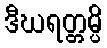
ဒီဃရတ္တမ္ပိ